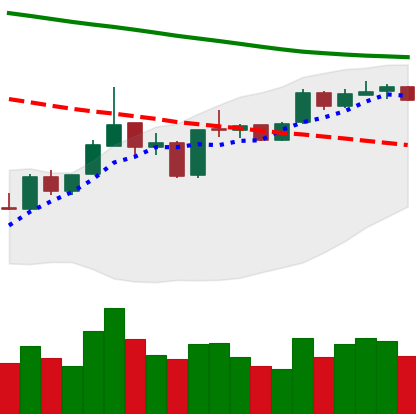
Ticker: ETH-USD
Chart end date: 2019-01-07
Forward return: -16.963%
Label: down_7plus